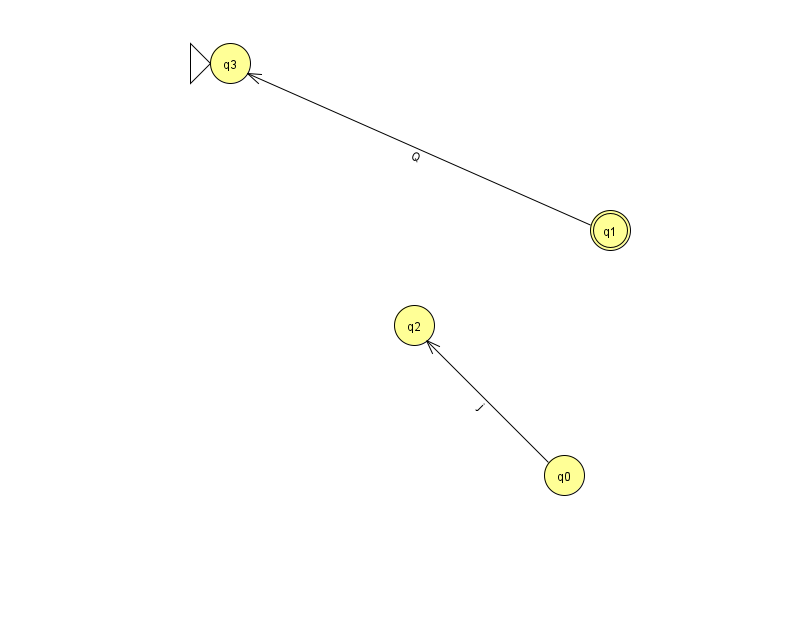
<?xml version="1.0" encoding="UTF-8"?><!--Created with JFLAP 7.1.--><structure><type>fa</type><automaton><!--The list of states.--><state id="0" name="q0"><x>564.0</x><y>462.0</y></state><state id="1" name="q1"><x>610.0</x><y>217.0</y><final/></state><state id="2" name="q2"><x>414.0</x><y>312.0</y></state><state id="3" name="q3"><x>230.0</x><y>50.0</y><initial/></state><!--The list of transitions.--><transition><from>0</from><to>2</to><read>j</read></transition><transition><from>1</from><to>3</to><read>Q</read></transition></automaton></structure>